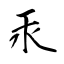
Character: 汞